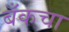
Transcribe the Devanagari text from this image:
बँकचा